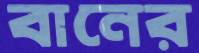
বানের